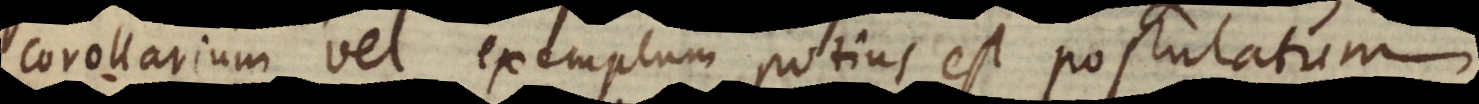
corollarium vel exemplum potius est postulatum